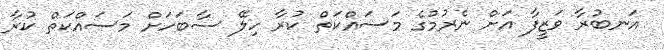
އަނބުރާ ވަޒީފާ އަށް ނެރުމުގެ މަސައްކަތް ކުރާ ހިލޭ ސާބަހަށް މަސައްކަތް ކުރާ